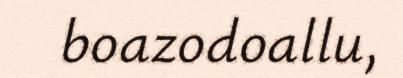
boazodoallu,